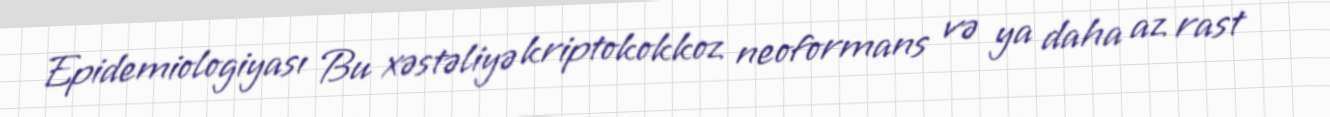
Epidemiologiyası Bu xəstəliyə kriptokokkoz neoformans və ya daha az rast